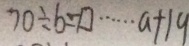
7 0 \div b = \square \cdots a + 1 9